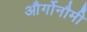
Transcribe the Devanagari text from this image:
और्गोनौमी